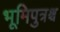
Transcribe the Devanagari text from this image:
भूमिपुत्रश्च